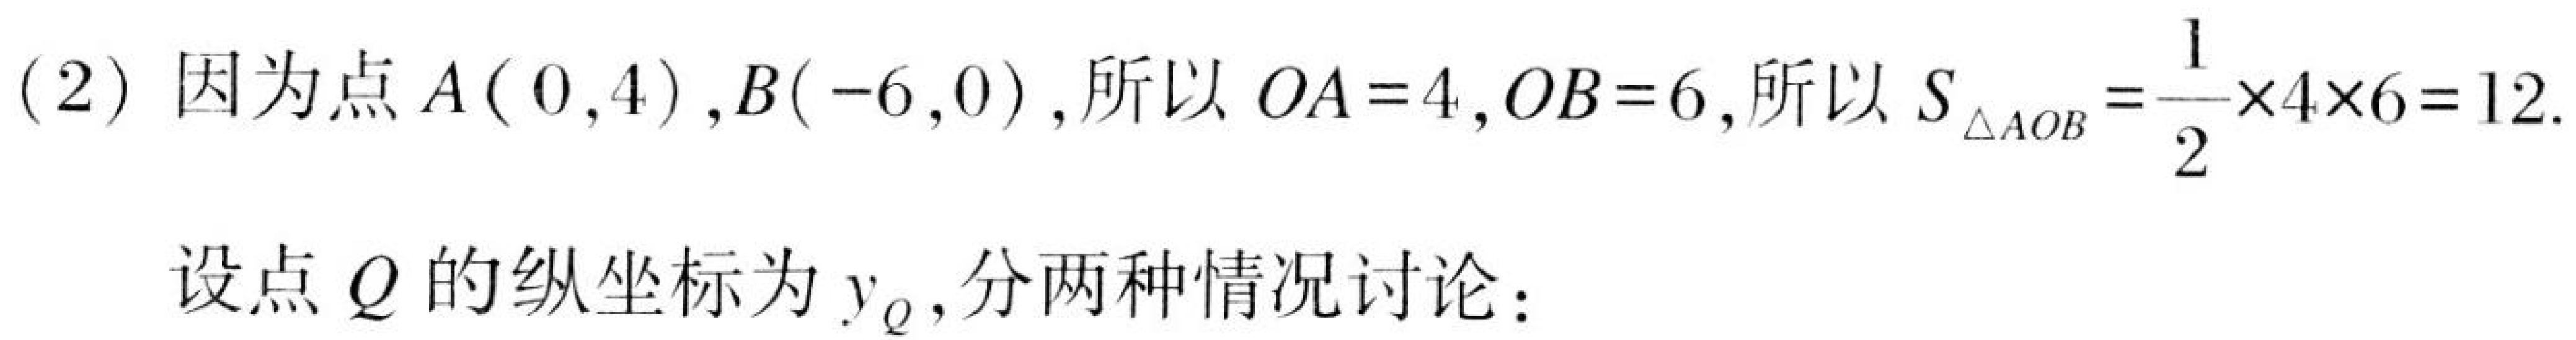
(2) 因为点\(A(0,4)\),\(B(-6,0)\), 所以\(OA = 4\),\(OB = 6\), 所以\(S_{\triangle AOB}=\frac{1}{2}\times4\times6 = 12\).

设点\(Q\)的纵坐标为\(y_{Q}\), 分两种情况讨论：